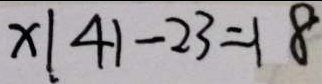
x \vert 4 1 - 2 3 = 1 8